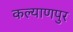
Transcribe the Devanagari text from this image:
कल्‍याणपुर